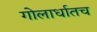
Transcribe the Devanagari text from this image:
गोलार्धातच